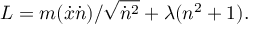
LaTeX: L = m ( { \dot { x } } { \dot { n } } ) / { \sqrt { { \dot { n } } ^ { 2 } } } + \lambda ( n ^ { 2 } + 1 ) . \,